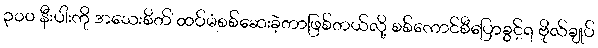
၃၀၀ နီးပါးကို အသေးစိတ် ထပ်မံစစ်ဆေးခဲ့တာဖြစ်တယ်လို့ စစ်ကောင်စီပြောခွင့်ရ ဗိုလ်ချုပ်